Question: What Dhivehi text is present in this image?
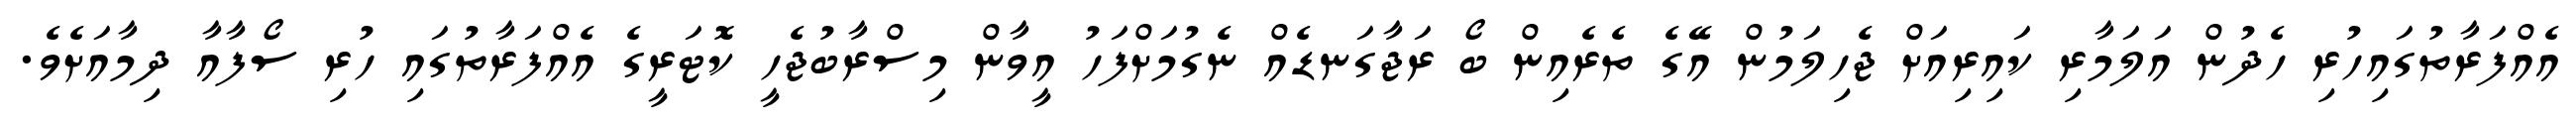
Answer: އެއްފަރާތުގައިހުރި ހެދުން އަލަމާރި ކައިރިއަށް ޖެހިލަމުން އޭގެ ތެރެއިން ބޯ ރަޖާގަނޑެއް ނެގުމަށްފަހު އީވާން މިސްރާބުޖެހީ ކޮޓަރީގެ އެއްފަރާތުގައި ހުރި ސޯފާއާ ދިމާއަށެވެ.